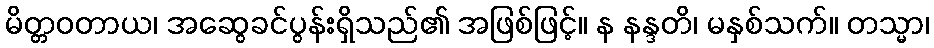
မိတ္တဝတာယ၊ အဆွေခင်ပွန်းရှိသည်၏ အဖြစ်ဖြင့်။ န နန္ဒတိ၊ မနှစ်သက်။ တသ္မာ၊